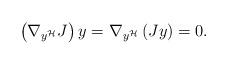
LaTeX: \begin{align*}\left(\nabla_{y^{\mathcal{H}}}J\right)y = \nabla_{y^{\mathcal{H}}}\left(Jy\right)=0.\end{align*}